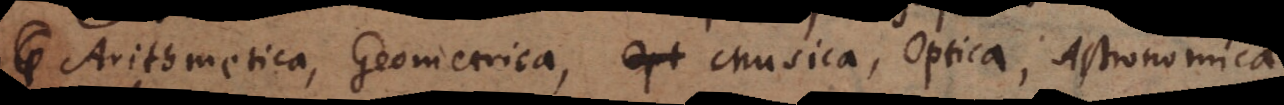
Arithmetica, Geometrica, Musica, Optica, Astronomica